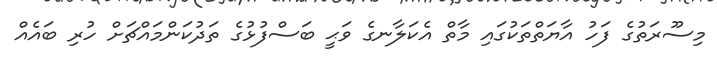
މިސޫރަތުގެ ފަހު އާޔަތްތަކުގައި މާތް އެކަލާނގެ ވަޙީ ބަސްފުޅުގެ ތަދުކަންމައްޗަށް ހުރި ބައެއް